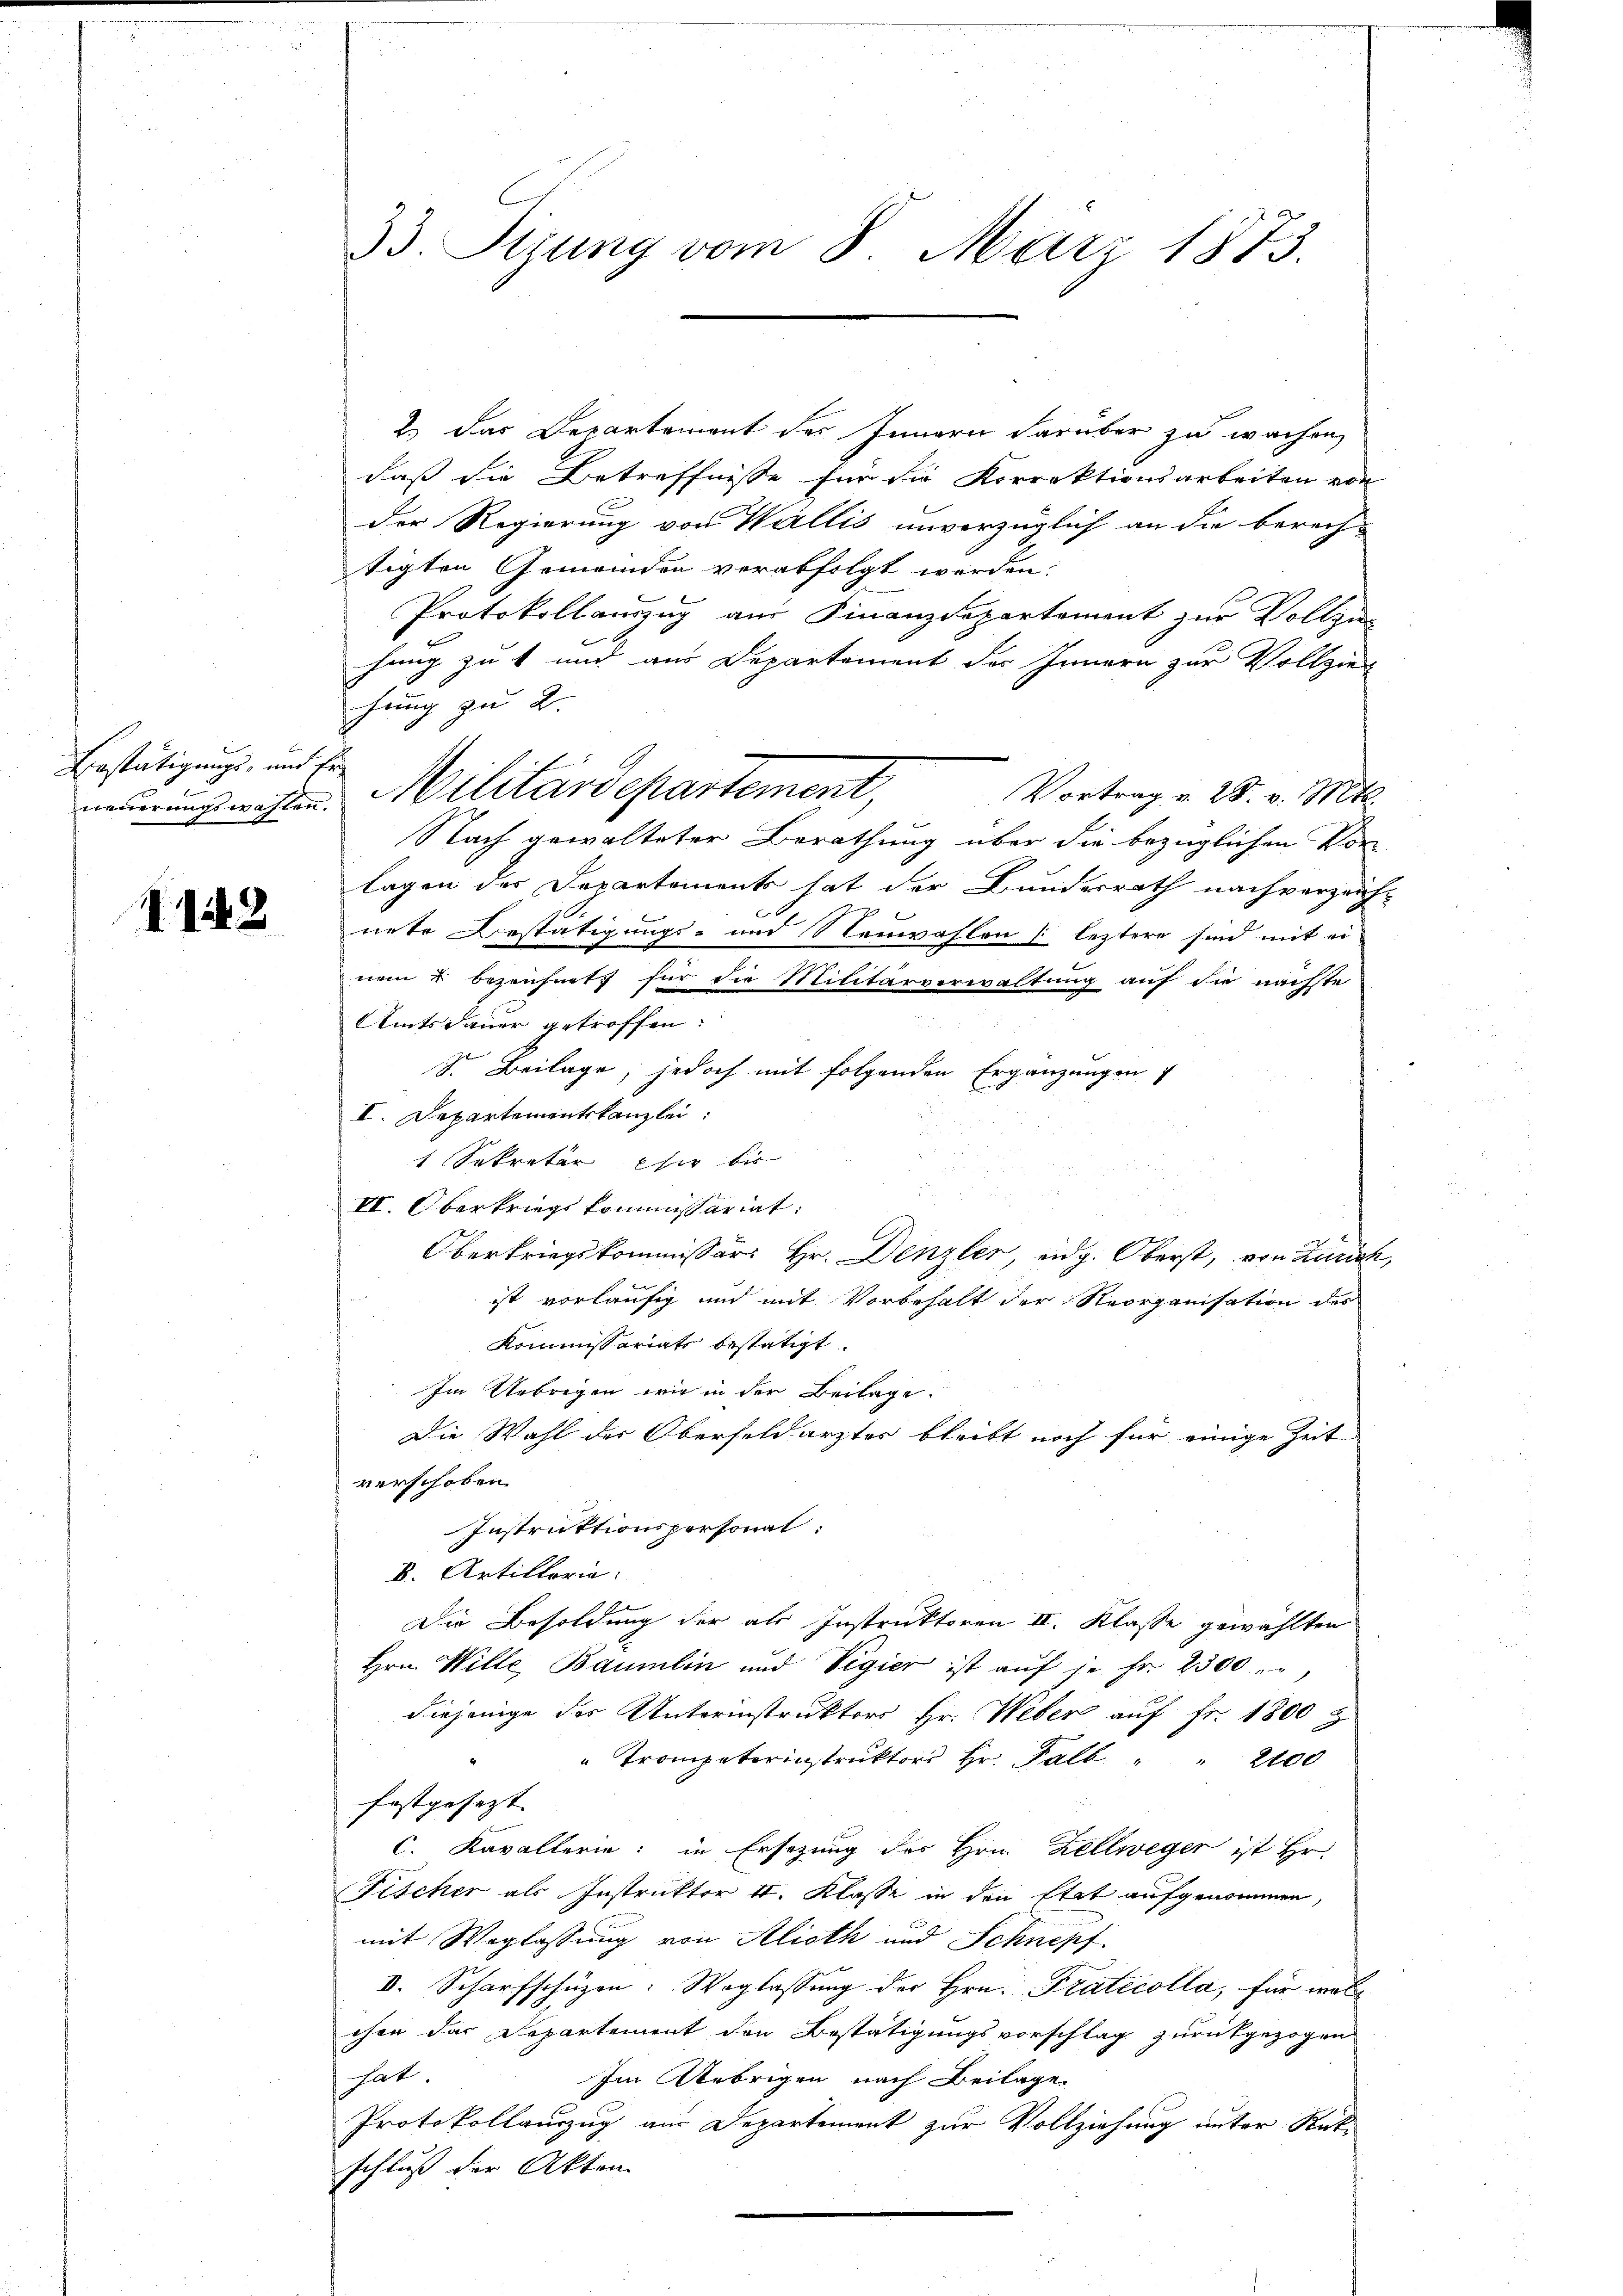
Bestätigungs- und be

I.1242

2.) Das Departement des Innern darüber zu wachen,
daß die Betreffnisse für die Korrektionsarbeiten von
der Regierung von Wallis unvorzüglich an die berech-
tigten Gemeinden verabfolgt werden.
Protokollauszug aus Finanzdepartement zur Vollziehung gut und aus Departement des Innern zur Vollziehung zu 2.
neuerungswahlen. Militärdepartement, Vortrag v. 28. v. Mts.
Nach gewalteter Berathung über die bezüglichen Vorlagen des Departements hat der Bundesrath nachverzeich-
6
nete Bestätigungs- und Neuwahlen ( leztere sind mit ei-
nem 2 bezeichnet, für die Militärverwaltung auf die nächste
Amtsdauer getroffen.
S. Beilage, jedoch mit folgenden Ergänzungen
I. Departementskanzlei
1 Sekretär eher bis
II. Oberkriegskommissariat:
Oberkriegskommissär Hr. Denzler, eidg. Oberst, von Zürich,
ist vorläufig und mit Vorbehalt der Reorganisation des
Kommissariate bestätigt.
Im Uebrigen wir in der Beilage.
Die Wahl der Oberfeldarzter bleibt noch für einige Zeit
verschoben.
Instruktionspersonal:
B. Artillerie:
Die Besoldung der als Instruktoren II. Klasse gewählten
Hrn. Wille, Baumlin und Vigier ist aŭf je fr. 2300.
diejenige der Unterinstruktors Hr. Weber auf Fr. 1800 z
" Trompeterinstruktor Hr. Fall                     "      200
festgesezt. |
C. Kavallerie: in Ersezung des Hrn. Zellwegen ist Hr.
Fischer als Instruktor II. Klasse in den Etat aufgenommen,
mit Weglassung von Alioth und Schnepf
V. Scharfschüzen. Weglassŭng der Hrn. Praticolla, für welchen das Departement den Bestätigungsvorschlag zurückgezogen
hat.
Im Uebrigen nach Beilage.
Protokollauszug aus Departement zur Vollziehung unter Rück-
schluß der Akten

33. Sizung vom 8. März 1873.